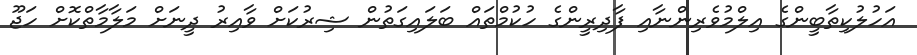
އަހުލުކިތާބީންގެ އިލްމުވެރިންނާއި ފާދިރީންގެ ހުކުމްތައް ބަލައިގަތުން ޝިރުކަށް ވާއިރު ދީނަށް މަލާމާތްކޮށް ހަޖޫ